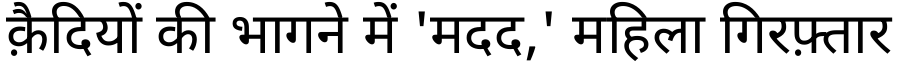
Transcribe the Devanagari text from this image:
क़ैदियों की भागने में 'मदद,' महिला गिरफ़्तार